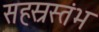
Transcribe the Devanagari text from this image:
सहस्रस्तंभ